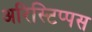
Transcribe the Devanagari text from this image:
अरिस्टिप्पस